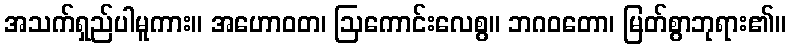
အသက်ရှည်ပါမူကား။ အဟောဝတ၊ ဩကောင်းလေစွ။ ဘဂဝတော၊ မြတ်စွာဘုရား၏။